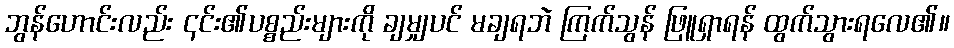
ဘွန်ဟောင်းလည်း ၎င်း၏ပစ္စည်းများကို ချမျှပင် မချရဘဲ ကြက်သွန် ဖြူရှာရန် ထွက်သွားရလေ၏။